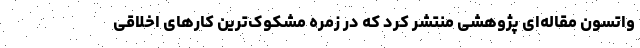
واتسون مقاله‌ای پژوهشی منتشر کرد که در زمره مشکوک‌ترین کارهای اخلاقی